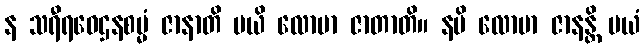
န သရီရဝေဌနစမ္မံ ဇာနာတိ မယိ လောမာ ဇာတာတိ။ နပိ လောမာ ဇာနန္တိ မယံ